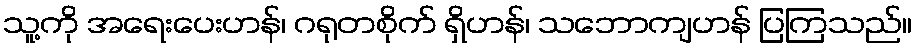
သူ့ကို အရေးပေးဟန်၊ ဂရုတစိုက် ရှိဟန်၊ သဘောကျဟန် ပြကြသည်။